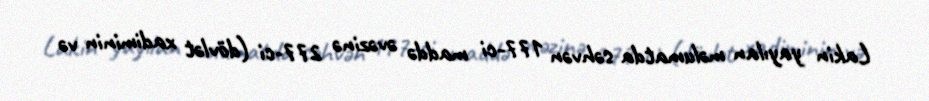
Lakin yayılan məlumatda səhvən 177-ci maddə əvəzinə 277-ci (dövlət xadiminin və